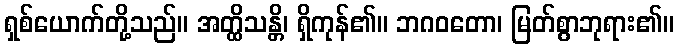
ရှစ်ယောက်တို့သည်။ အတ္ထိသန္တိ၊ ရှိကုန်၏။ ဘဂဝတော၊ မြတ်စွာဘုရား၏။